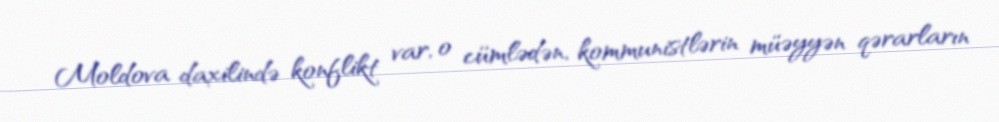
Moldova daxilində konflikt var, o cümlədən, kommunistlərin müəyyən qərarların